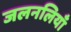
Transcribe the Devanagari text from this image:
जलनलियाँ